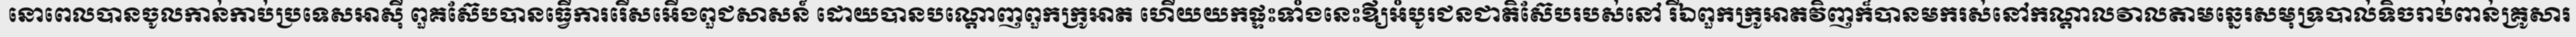
នោពេលបានចូលកាន់កាប់ប្រទេសអាស៊ី ពួគស៊ែបបានធ្វើការរើសអើងពួជសាសន៍ ដោយបានបណ្តោញពួកក្រូអាត ហើយយកផ្ទះទាំងនេះឪ្យអំបូរជនជាតិស៊ែបរបស់នៅ រីឯពួកក្រូអាតវិញក៏បានមករស់នៅកណ្តាលវាលតាមឆ្នេរសមុទ្របាល់ទិចរាប់ពាន់គ្រូសារ